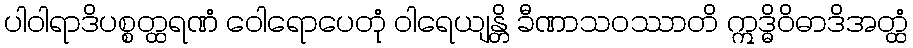
ပါဝါရာဒိပစ္စတ္ထရဏံ ဝေါရောပေတုံ ဝါရေယျန္တိ ခီဏာသဝဿာတိ ဣဒ္ဓိဝိဓာဒိအတ္ထံ